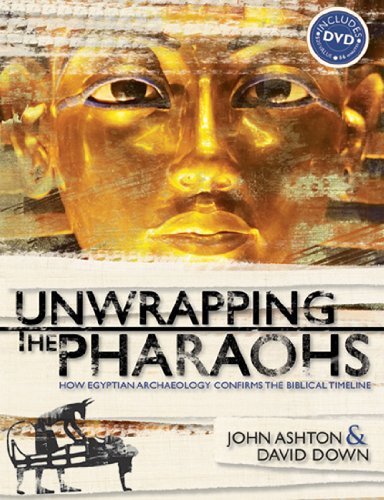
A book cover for Unwrapping the Pharaohs: How Egyptian Archaeology Confirms the Biblical Timeline; John Ashton; History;